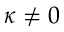
\kappa \neq 0